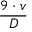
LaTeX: \frac { 9 \cdot v } { D }